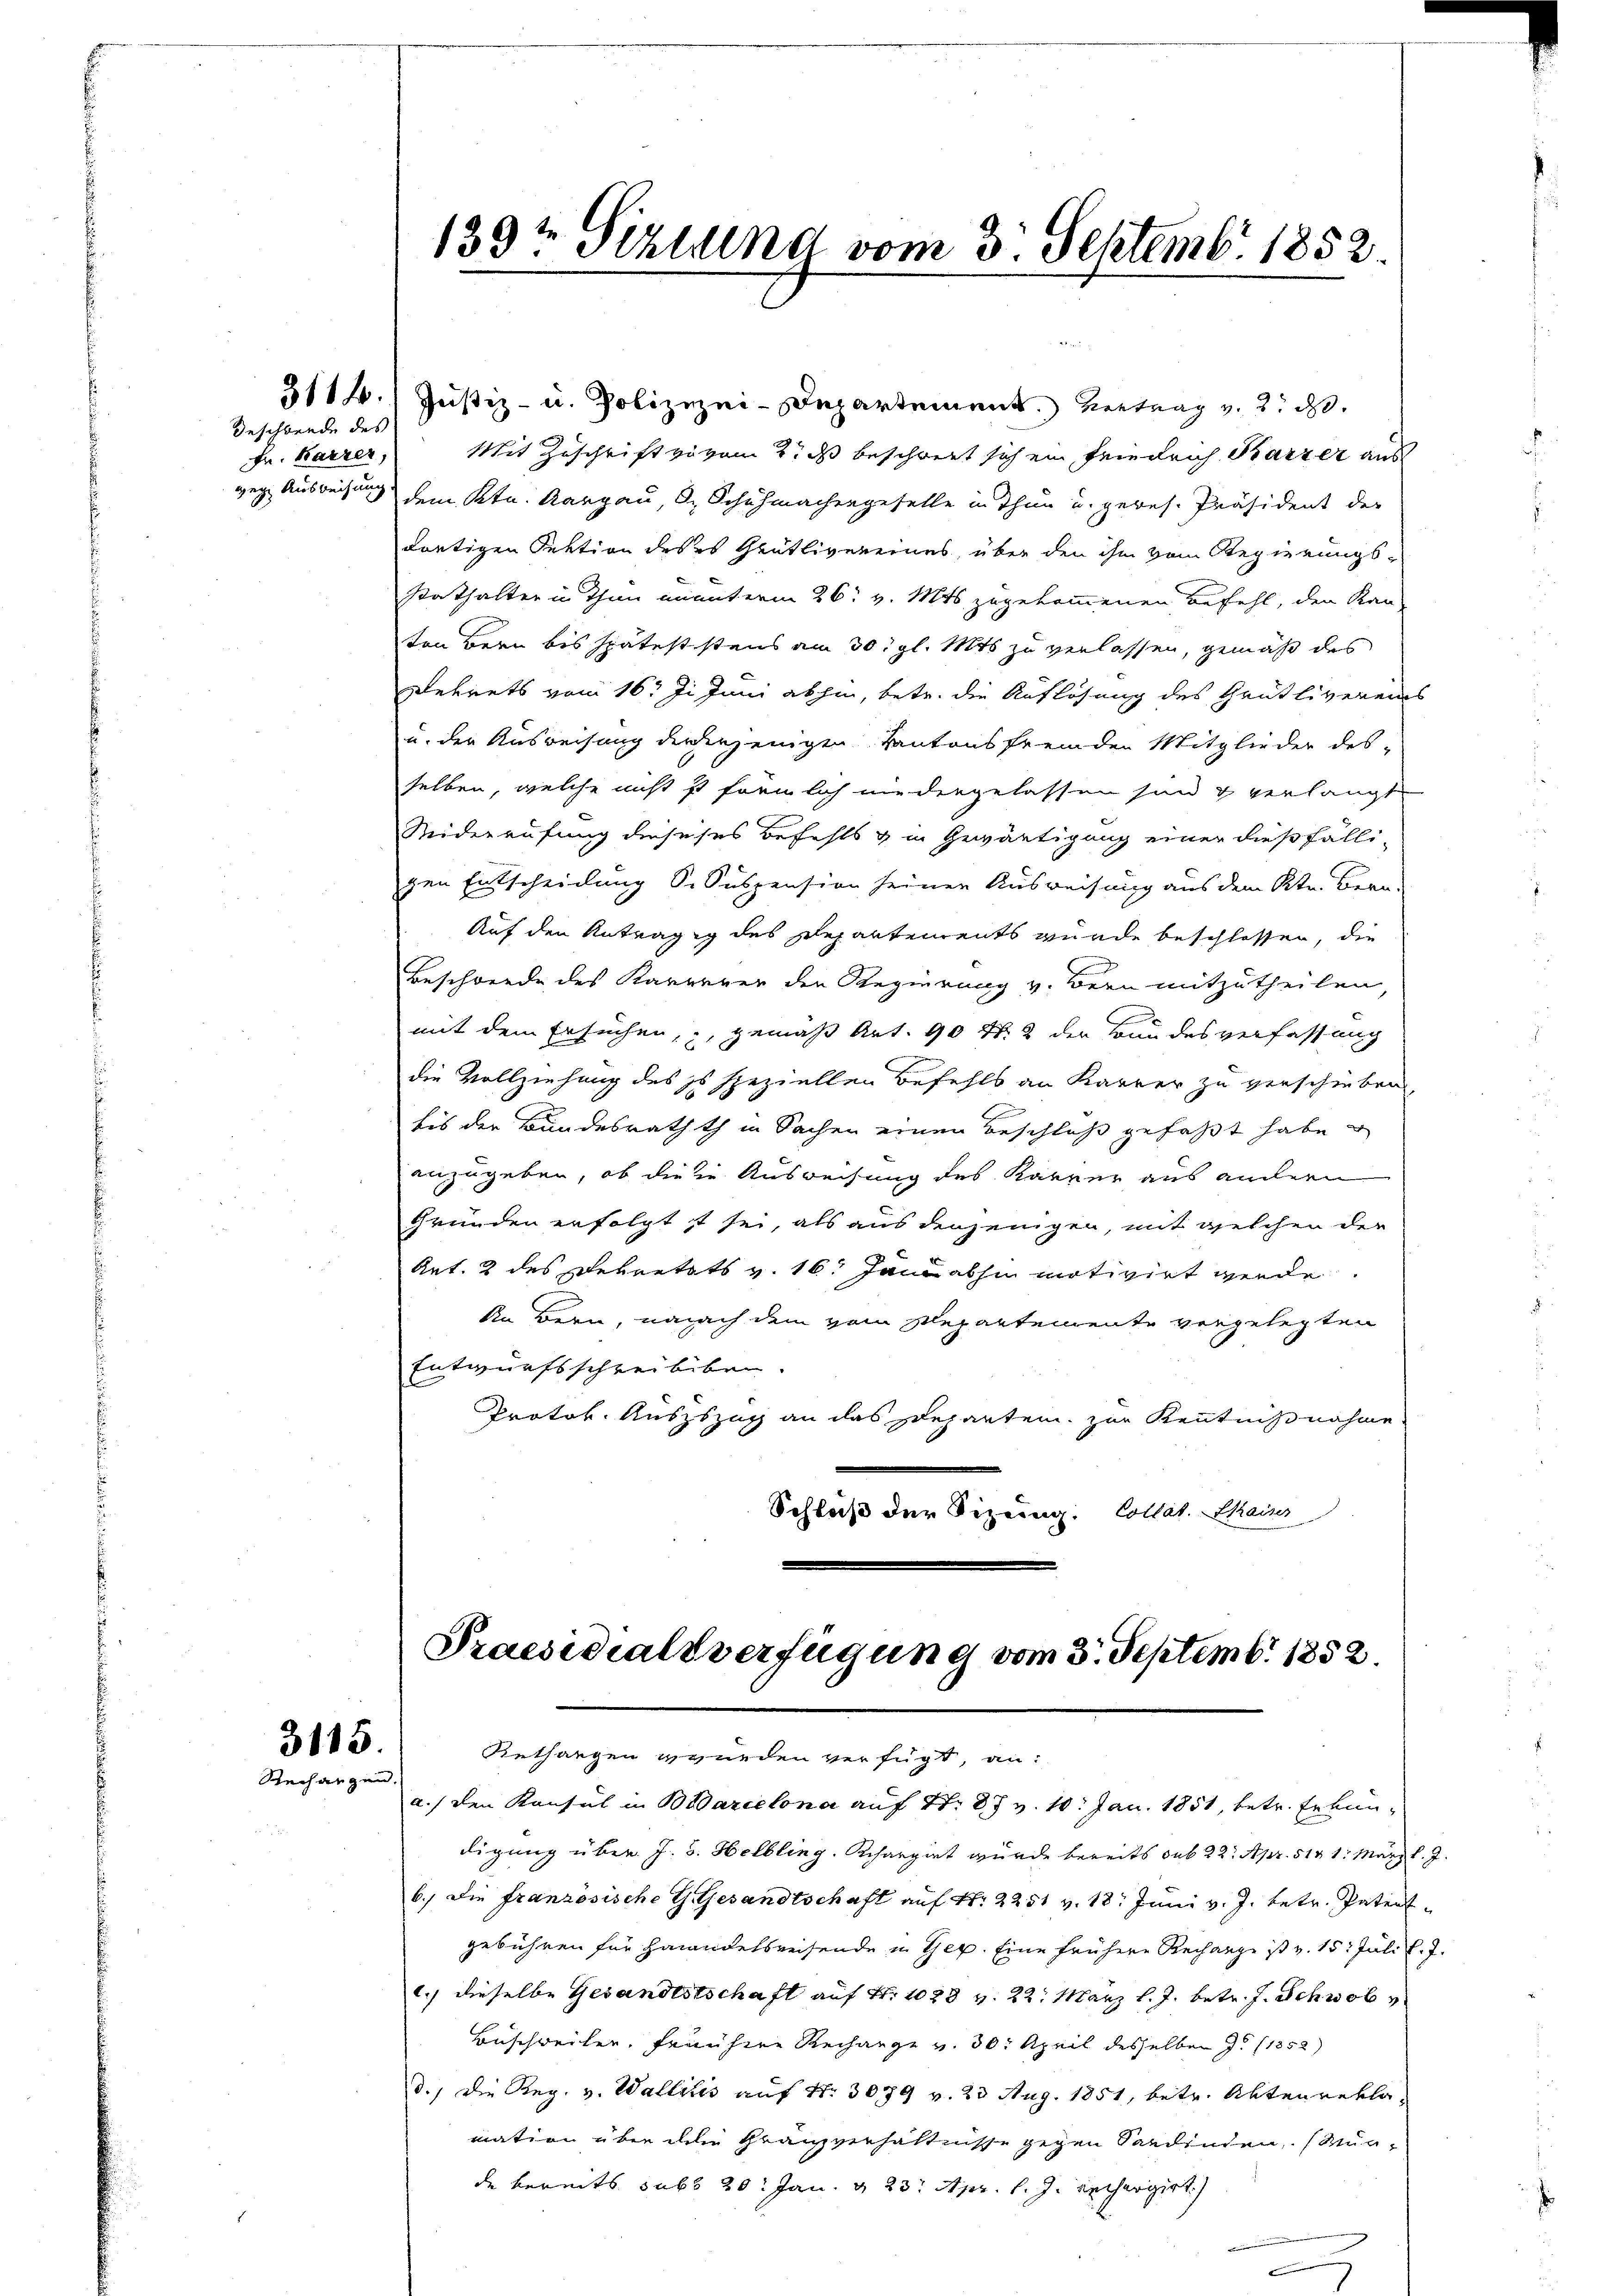
Geschwende des
Fr. Barzer,

3115.
Rechangen.

3114. Justiz- u. Polizizei-Departement. Vertrag v. 2. d.
Mit Zuschrift zu vom 2. ds beschwert sich ein Friedrich Karzer aus
geg Ausweisung dem Ktn. Aargau, d. Schuhmachengeselle in Thun u. geres. Präsident der
dortigen Sektion des es Grütlivereines, über den ihm vom Regierungs-
Kathalter in Thun ununterm 26. v. Mts. zugekommenen Befehl, den Kan-
ten Bern bis späteststens am 30. gl. Mts zu verlassen, gemäß des
Dekrets vom 16t Ji Juni abhin, betr. die Auflösung des Grütliverein
u. der Ausweisung der derjenigen Kantonsfremden Mitglieder des-
selben, welche nicht ist förmlich niedergelassen sind & verlangt
Widerrufung dieseses Befehls & in Gewärtigung einer dießfälli-
gen Entscheidung S. Suspension seiner Ausweisung aus dem Str. Bern-
Auf den Anträgig des Repartements wurde beschlossen, die
Beschwerde des Karrerer den Regierung v. Bern mitzutheilen,
mit dem Ersuchen, gemäß Art. 90 Nr. 2 der Bundesverfassung
die Vollziehung des es speziellen Befehls an Karrer zu verschieben
bis der Bundesrathth in Sachen einen Beschluß gefaßt habe
anzugeben, ob die in Ausweisung des Karrer aus andern
Gründen erfolgt ist sei, als aus denjenigen, mit welchen der
Art. 2 des Dekretats v. 16. Jani abhin motivirt werde.
An Bern, manach dem vom Repartemente vorgelegten
Entwurfsschreibiben.
Protok. Auszszag an das Departen zur Kenntnißnahme
Schluß der Sizung: Collat. Main

139t Peztung vom 3. Septemb. 1852

Praesidialverfügung vom 3. Septemb. 1852.
Rethangen wurden verfügt, an:
a./ den Konsul in Barcelona auf S. 87 v. 10. Jan. 1851, betr. Erkun¬

digung über J. s. Helbling. Rchargirt wurde bereits sub 22. Apr. 514 1. März l. J.
6.) Die französische G. Gesandtschaft aŭf Nr. 2251 v. 18. Jŭni v. J. betr. Patent-
gebühren für Handelsreisende in Ger. Eine frühere Rechange ist v. 15. Juli l. J.
c.) dieselbe Gesandestschaft auf Fr. 1028 v. 22. März l. J. betr. J. Schwab v
Büschweilen. Frauhere Rechange v. 30. April desselben J. 1852
d., die Reg. v. Wallitis auf Nr. 3079 v. 23 Aug. 1851, betr. Aktenrekla
mation über die Franzverhältnisse gegen Sardinden. (Munde bereits sub 20. Jan. v. 23. Apr. l. J. rechergirt